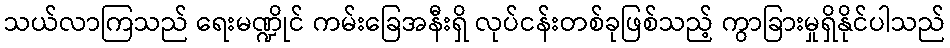
သယ်လာကြသည် ရေးမဏ္ဍိုင် ကမ်းခြေအနီးရှိ လုပ်ငန်းတစ်ခုဖြစ်သည့် ကွာခြားမှုရှိနိုင်ပါသည်